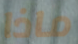
ماذا